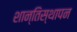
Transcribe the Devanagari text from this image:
शान्तिस्थापन